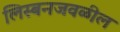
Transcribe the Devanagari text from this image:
लिस्बनजवळील